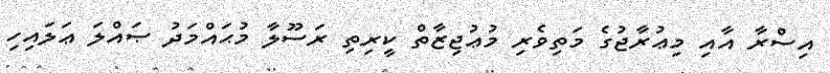
އިސްރާ އާއި މިޢުރާޖުގެ މަތިވެރި މުޢުޖިޒާތް ކީރިތި ރަސޫލާ މުޙައްމަދު ޞައްލަ ޢަލައިހި